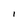
Character: I